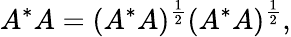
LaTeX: A^{*}A=(A^{*}A)^{\frac{1}{2}}(A^{*}A)^{\frac{1}{2}},